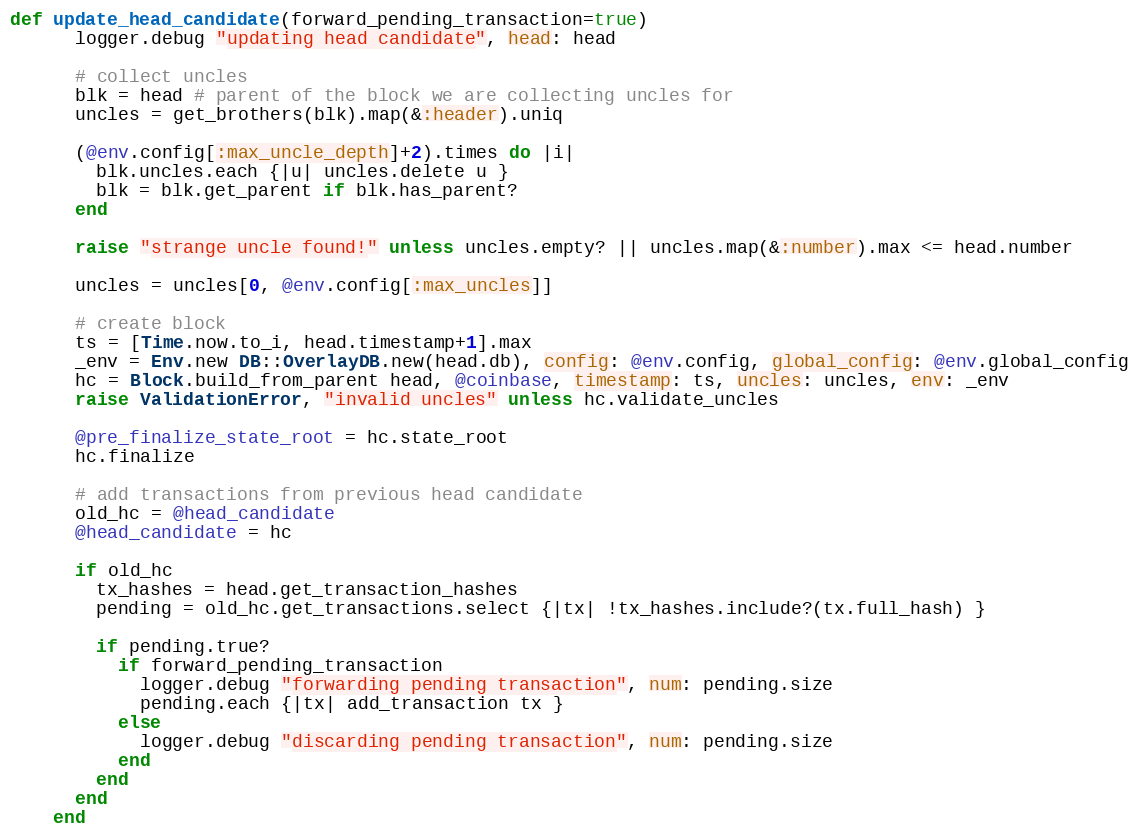
Language: Ruby
def update_head_candidate(forward_pending_transaction=true)
      logger.debug "updating head candidate", head: head

      # collect uncles
      blk = head # parent of the block we are collecting uncles for
      uncles = get_brothers(blk).map(&:header).uniq

      (@env.config[:max_uncle_depth]+2).times do |i|
        blk.uncles.each {|u| uncles.delete u }
        blk = blk.get_parent if blk.has_parent?
      end

      raise "strange uncle found!" unless uncles.empty? || uncles.map(&:number).max <= head.number

      uncles = uncles[0, @env.config[:max_uncles]]

      # create block
      ts = [Time.now.to_i, head.timestamp+1].max
      _env = Env.new DB::OverlayDB.new(head.db), config: @env.config, global_config: @env.global_config
      hc = Block.build_from_parent head, @coinbase, timestamp: ts, uncles: uncles, env: _env
      raise ValidationError, "invalid uncles" unless hc.validate_uncles

      @pre_finalize_state_root = hc.state_root
      hc.finalize

      # add transactions from previous head candidate
      old_hc = @head_candidate
      @head_candidate = hc

      if old_hc
        tx_hashes = head.get_transaction_hashes
        pending = old_hc.get_transactions.select {|tx| !tx_hashes.include?(tx.full_hash) }

        if pending.true?
          if forward_pending_transaction
            logger.debug "forwarding pending transaction", num: pending.size
            pending.each {|tx| add_transaction tx }
          else
            logger.debug "discarding pending transaction", num: pending.size
          end
        end
      end
    end